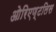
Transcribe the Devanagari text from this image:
ओरिएण्टलिस